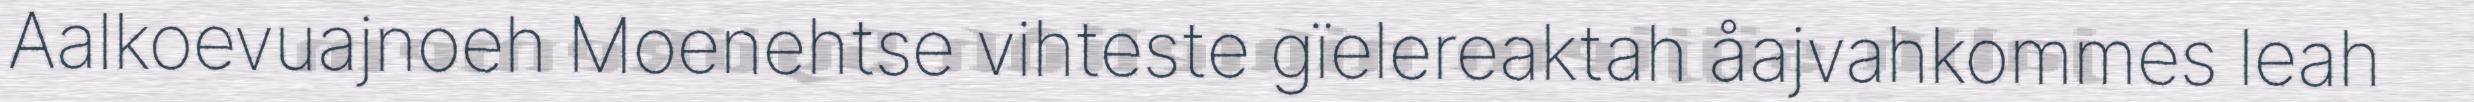
Aalkoevuajnoeh Moenehtse vihteste gïelereaktah åajvahkommes leah